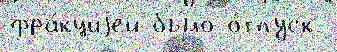
фра́кциjей бы́ло о́тпуск